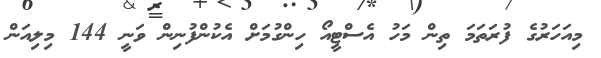
މިއަހަރުގެ ފުރަތަމަ ތިން މަހު އެސްޓީއޯ ހިންގުމަށް އެކުންފުނިން ވަނީ 144 މިލިއަން